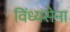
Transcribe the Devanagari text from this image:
विंध्यसेना